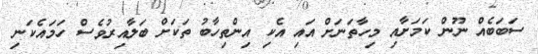
ސަބަބެއް ނޫން ކަމަށާއި މިހާތަނަށް އައި އެކި އިންތިހާބު ތަކަށް ބަލާއިރުވެސް ހަމައެކަނި